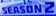
STASONZ